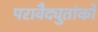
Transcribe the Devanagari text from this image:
परावैद्युतांकों